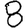
Digit: 8